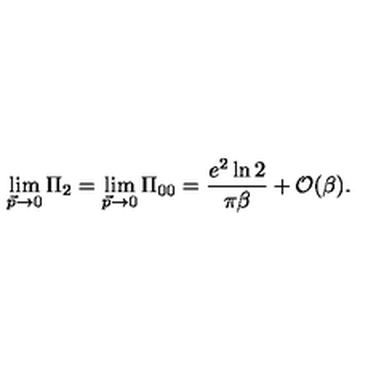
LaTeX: \lim _ { \vec { p } \rightarrow 0 } \Pi _ { 2 } = \lim _ { \vec { p } \rightarrow 0 } \Pi _ { 0 0 } = { \frac { e ^ { 2 } \ln 2 } { \pi \beta } } + { \cal O } ( \beta ) .